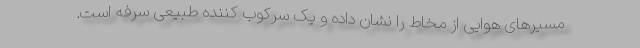
مسیرهای هوایی از مخاط را نشان داده و یک سرکوب کننده طبیعی سرفه است.